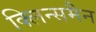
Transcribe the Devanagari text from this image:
क्लिन्समैन